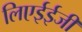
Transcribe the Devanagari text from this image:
लिएईईजी